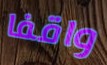
واقفا